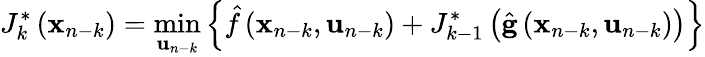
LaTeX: J_{k}^{\ast}\left(\mathbf{x}_{n-k}\right)=\operatorname*{min}_{\mathbf{u}_{n-k}}\left\{ {\hat{f}}\left(\mathbf{x}_{n-k},\mathbf{u}_{n-k}\right)+J_{k-1}^{\ast}\left({\hat{\mathbf{g}}}\left(\mathbf{x}_{n-k},\mathbf{u}_{n-k}\right)\right)\right\}